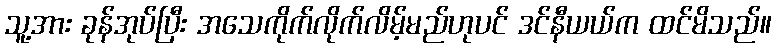
သူ့အား ခုန်အုပ်ပြီး အသေကိုက်လိုက်လိမ့်မည်ဟုပင် ဒင်နီယယ်က ထင်မိသည်။